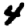
Digit: 4